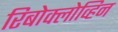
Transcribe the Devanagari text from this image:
रिबोक्लोव्हिन